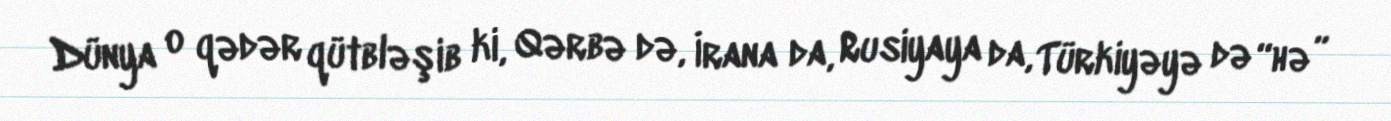
Dünya o qədər qütbləşib ki, Qərbə də, İrana da, Rusiyaya da, Türkiyəyə də “hə”